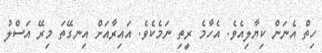
ހިތް އެނަން ކިޔާލިއެވެ. އެހާމެ ރީތި ނަމެކެވެ. އައިރާއަށް އިނގޭތަ މިރޭ އަސްލު